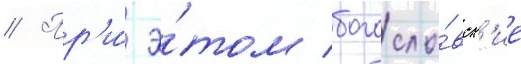
// Пр'и́ э́том богосло́вск'ие